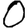
Digit: 0